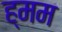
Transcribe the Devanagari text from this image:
ह्मम